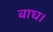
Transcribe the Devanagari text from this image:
बाघ।